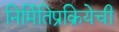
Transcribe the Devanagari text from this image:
निर्मितिप्रक्रियेची